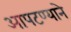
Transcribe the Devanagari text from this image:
आपटण्याने